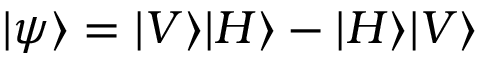
| \psi \rangle = | V \rangle | H \rangle - | H \rangle | V \rangle